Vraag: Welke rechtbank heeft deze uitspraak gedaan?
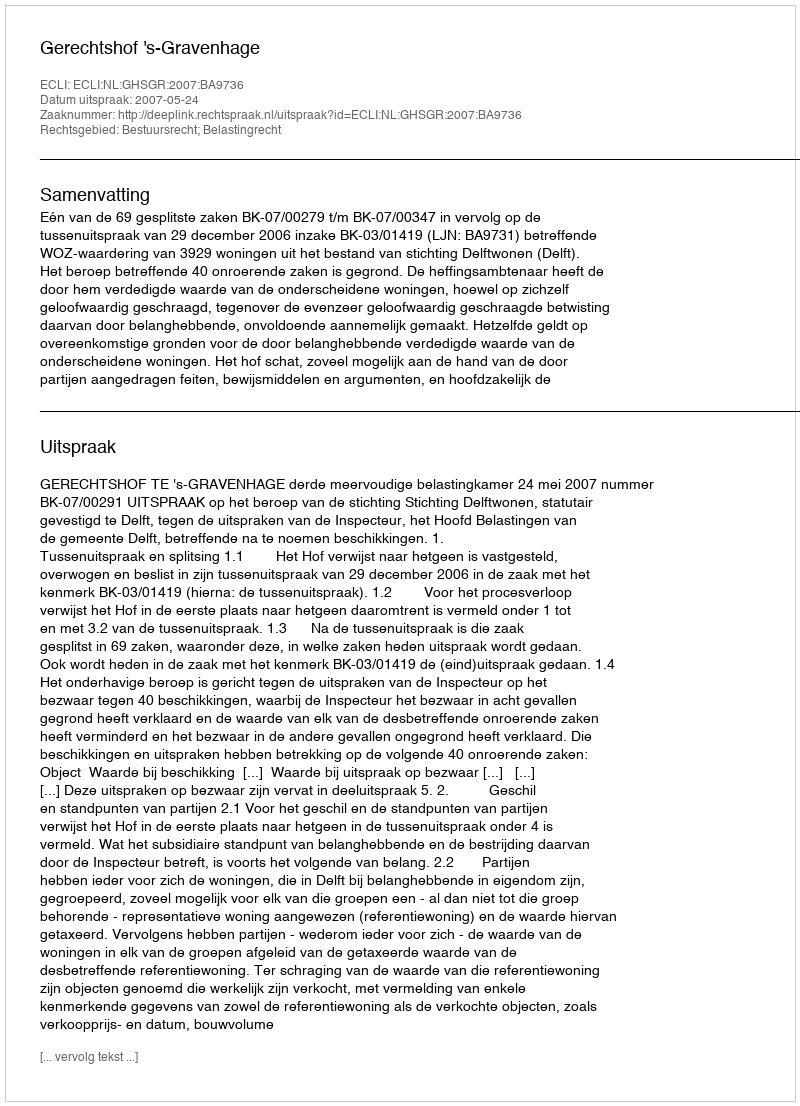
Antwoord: Gerechtshof 's-Gravenhage